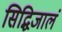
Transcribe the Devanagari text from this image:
सिद्धिजालं